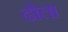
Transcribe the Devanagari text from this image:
ढ़ोला